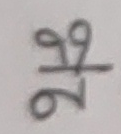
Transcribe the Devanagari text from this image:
११
२६